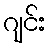
ဂျင်း